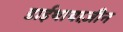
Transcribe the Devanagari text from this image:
डाईथायाज़ीन